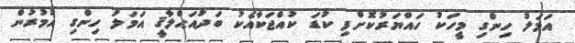
އަމަލު ހިންގި މީހަކު ހައްޔަރުކޮށްފި ކުޑަ ކުއްޖަކާއެކު ބަދުއަޙްލާޤީ އަމަލު ހިންގި އުމުރުން